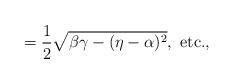
LaTeX: \begin{align*}=\frac{1}{2}\sqrt{\beta\gamma-(\eta-\alpha)^2},\ \textrm{etc.,}\end{align*}